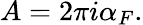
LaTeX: A=2\pi i\alpha_{F}.